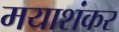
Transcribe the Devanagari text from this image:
मयाशंकर